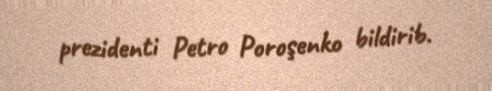
prezidenti Petro Poroşenko bildirib.